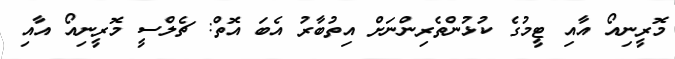
މޮރީނިއޯ އާއި ޓީމުގެ ކުޅުންތެރިންނަށް އިތުބާރު އެބަ އޮތް: ޗެލްސީ މޮރީނިއޯ އާއި